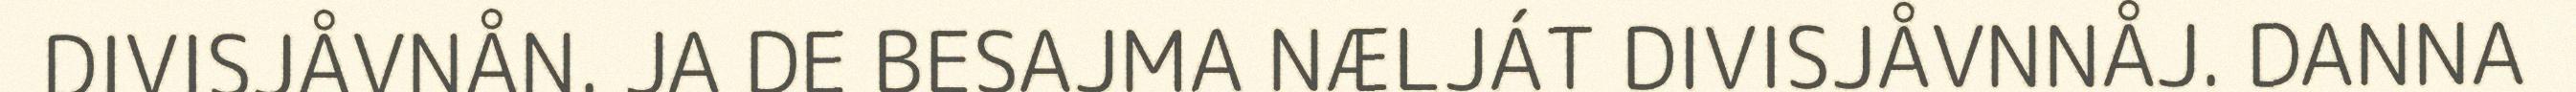
DIVISJÅVNÅN. JA DE BESAJMA NÆLJÁT DIVISJÅVNNÅJ. DANNA